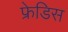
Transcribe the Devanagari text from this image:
फ्रेडिस